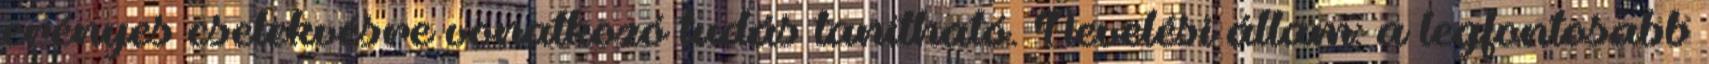
erényes cselekvésre vonatkozó tudás tanítható. Nevelési állam: a legfontosabb